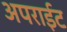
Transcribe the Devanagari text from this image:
अपराईट